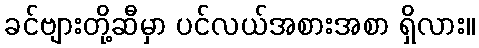
ခင်ဗျားတို့ဆီမှာ ပင်လယ်အစားအစာ ရှိလား။